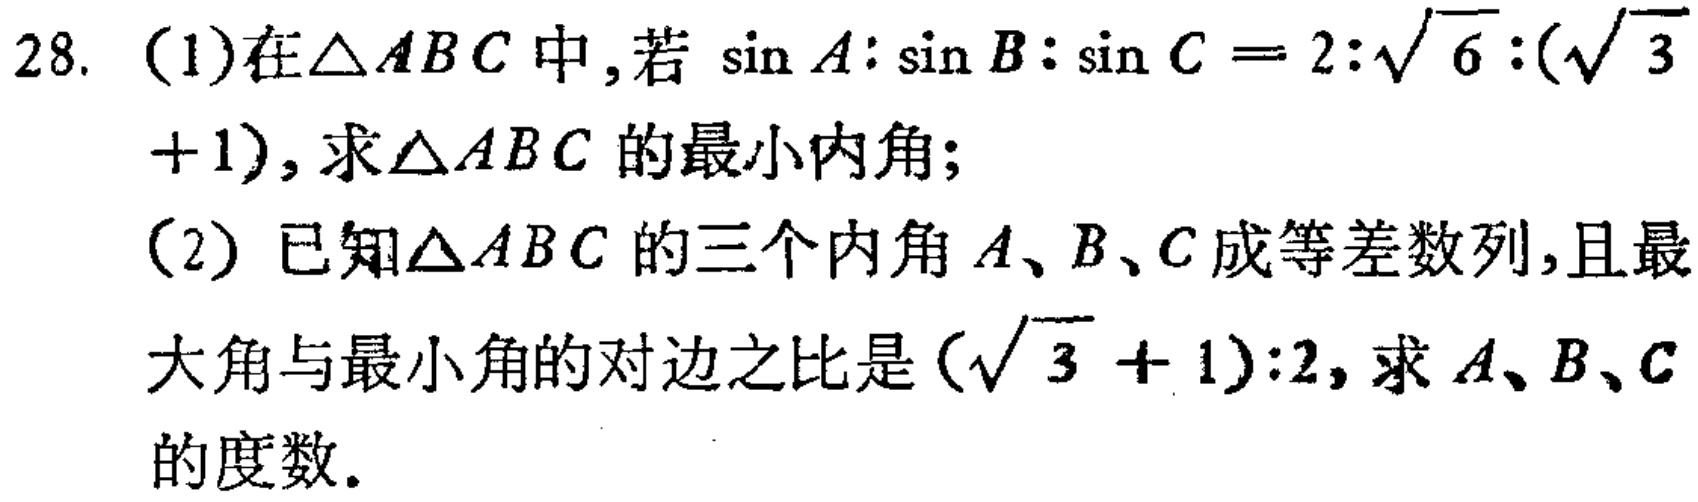
28. (1)在\(\triangle ABC\)中，若\(\sin A:\sin B:\sin C = 2:\sqrt{6}:(\sqrt{3}+1)\)，求\(\triangle ABC\)的最小内角；
(2) 已知\(\triangle ABC\)的三个内角\(A\)、\(B\)、\(C\)成等差数列，且最
大角与最小角的对边之比是\((\sqrt{3}+1):2\)，求\(A\)、\(B\)、\(C\)的度数。